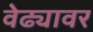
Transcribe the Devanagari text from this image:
वेढ्यावर